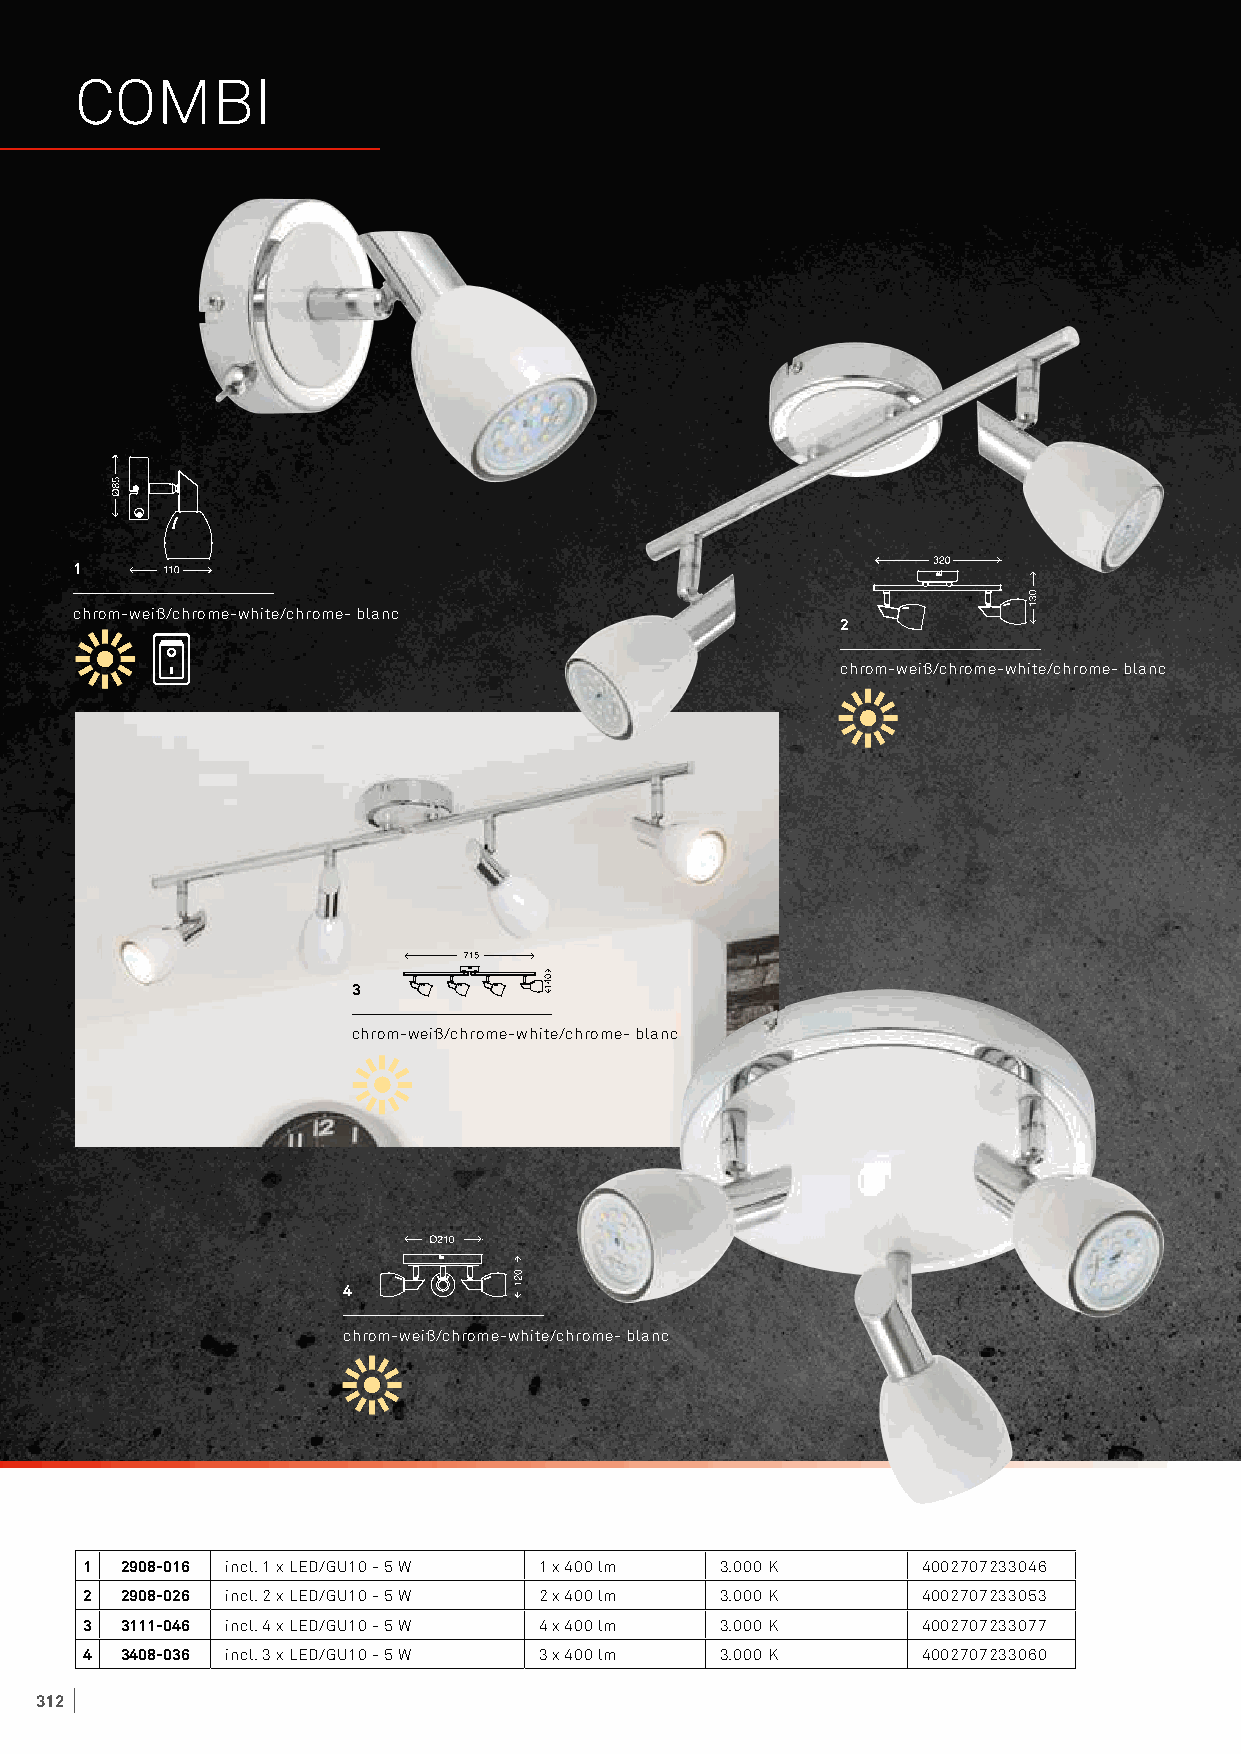
COMBI
 1
 chrom-weiß/chrome-white/chrome- blanc
 2
 chrom-weiß/chrome-white/chrome- blanc
 3
 chrom-weiß/chrome-white/chrome- blanc
 4
 chrom-weiß/chrome-white/chrome- blanc
 1 2908-016 incl. 1 x LED/GU10 - 5 W 1 x 400 lm 3.000 K 4002707233046
 2 2908-026 incl. 2 x LED/GU10 - 5 W 2 x 400 lm 3.000 K 4002707233053
 3 3111-046 incl. 4 x LED/GU10 - 5 W 4 x 400 lm 3.000 K 4002707233077
 4 3408-036 incl. 3 x LED/GU10 - 5 W 3 x 400 lm 3.000 K 4002707233060
 312